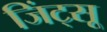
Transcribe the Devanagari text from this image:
जिंट्सू